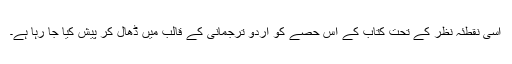
اسی نقطئہ نظر کے تحت کتاب کے اس حصے کو اردو ترجمانی کے قالب میں ڈھال کر پیش کیا جا رہا ہے۔